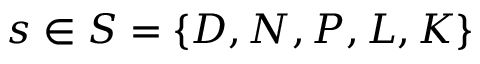
s \in S = \{ D , N , P , L , K \}